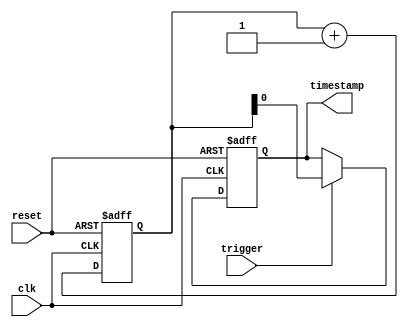
module TimingControlAndSynchronization(
    input wire clk,
    input wire reset,
    input wire trigger,
    output reg timestamp
);

reg [31:0] counter;

always @(posedge clk or posedge reset) begin
    if (reset) begin
        counter <= 0;
        timestamp <= 0;
    end else begin
        if (trigger) begin
            timestamp <= counter;
        end
        counter <= counter + 1;
    end
end

endmodule